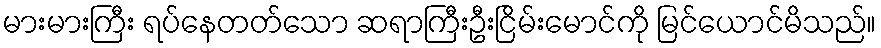
မားမားကြီး ရပ်နေတတ်သော ဆရာကြီးဦးငြိမ်းမောင်ကို မြင်ယောင်မိသည်။